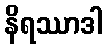
နိရဿာဒါ